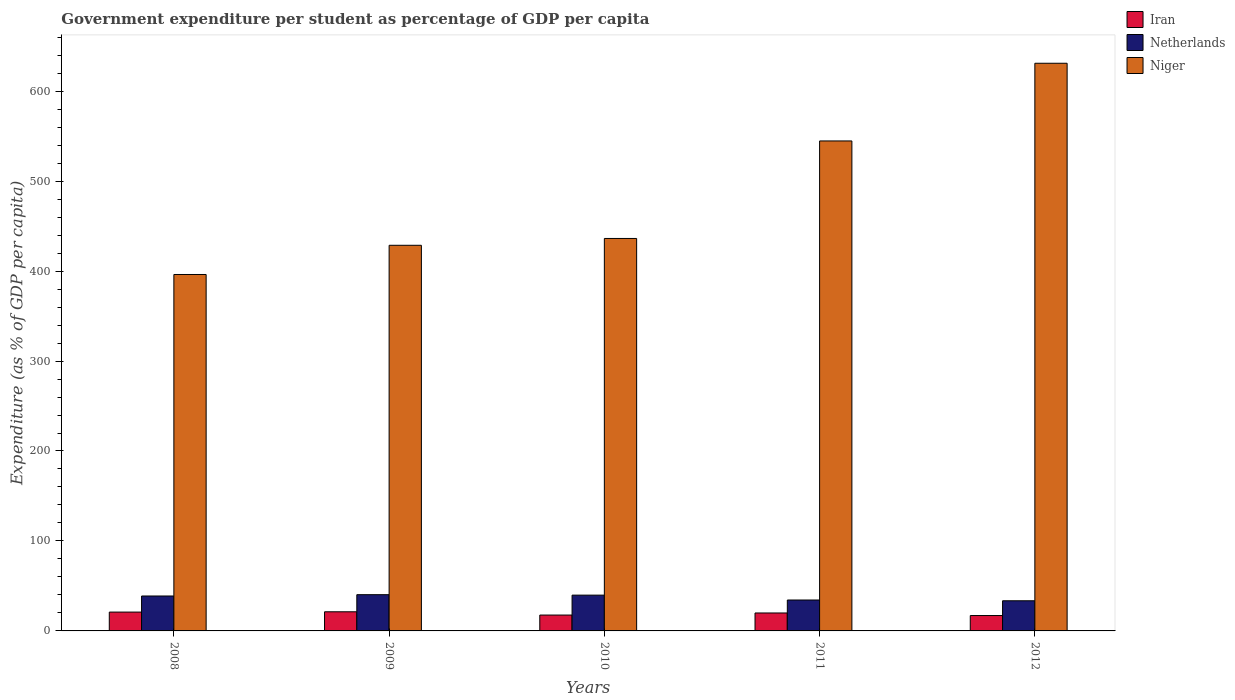
| Years | Iran | Netherlands | Niger |
 | --- | --- | --- | --- |
 | 2008 | 20.9 | 38.8 | 396 |
 | 2009 | 21.3 | 40.3 | 429 |
 | 2010 | 17.6 | 39.8 | 436 |
 | 2011 | 19.9 | 34.4 | 545 |
 | 2012 | 17.1 | 33.5 | 631 |